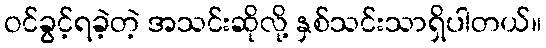
ဝင်ခွင့်ရခဲ့တဲ့ အသင်းဆိုလို့ နှစ်သင်းသာရှိပါတယ်။